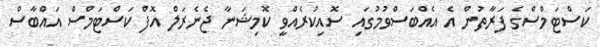
ކަސްޓަމްސްގެ ފަރާތުން އެ އެއްބަސްވުމުގައި ސޮއިކުރެއްވީ ކޮމިޝަނާ ޖެނެރަލް އޮފް ކަސްޓަމްސް އައްބާސް